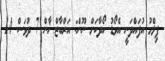
ފިލްމު އުފައްދަނީ އެވޯޑު ހޯދާކަށް ނޫން: އަރްބާޒް ޚާން 7 ދުވަސް 14